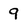
Character: 9